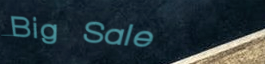
Big Sale